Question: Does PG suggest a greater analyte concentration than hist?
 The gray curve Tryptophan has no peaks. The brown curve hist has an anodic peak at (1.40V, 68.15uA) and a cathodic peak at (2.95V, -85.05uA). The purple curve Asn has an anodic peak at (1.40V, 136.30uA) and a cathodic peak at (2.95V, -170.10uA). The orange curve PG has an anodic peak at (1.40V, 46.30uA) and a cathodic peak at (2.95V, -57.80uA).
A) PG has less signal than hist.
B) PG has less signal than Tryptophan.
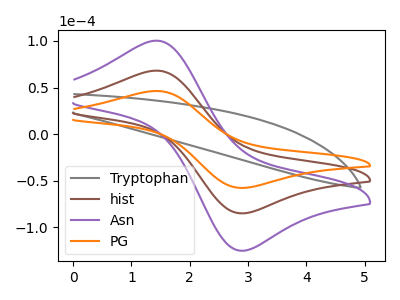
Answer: <think>All the peaks in "PG" have a peak in "hist" at the same potential. Every peak in "PG" is lower than every peak in "hist".
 </think>
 <answer>A) "PG" has less signal than "hist".</answer>
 <eval>A</eval>